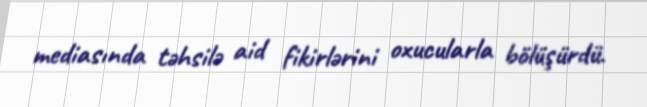
mediasında təhsilə aid fikirlərini oxucularla bölüşürdü.